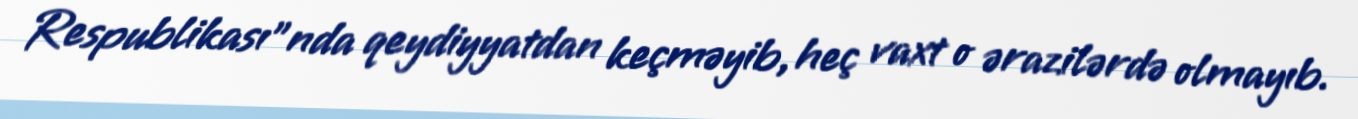
Respublikası"nda qeydiyyatdan keçməyib, heç vaxt o ərazilərdə olmayıb.